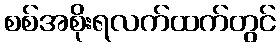
စစ်အစိုးရလက်ထက်တွင်